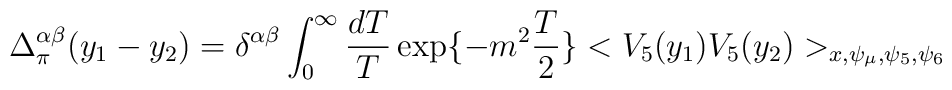
\Delta^{\alpha \beta}_{\pi}(y_{1} - y_{2}) = \delta^{\alpha \beta}    \int_{0}^{\infty} \frac{d T}{T} \exp \{-m^{2}  \frac{T}{2} \}    <V_{5}(y_{1}) V_{5}(y_{2}) >_{x, \psi_{\mu}, \psi_{5}, \psi_{6}}